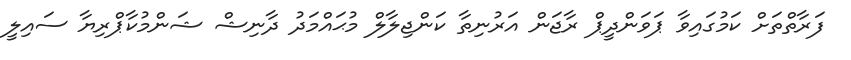
ފަރާތްތަށް ކަމުގައިވާ ޕަވަންދީޕް ރާޖަން އަރުނިތާ ކަންޖިލާލް މުޙައްމަދު ދާނިޝް ޝަންމުކާޕްރިޔާ ސައިލީ